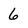
Character: 6